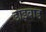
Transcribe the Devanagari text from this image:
डाइबाड